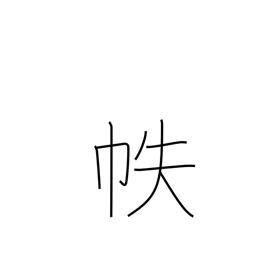
Meaning: Japanese book cover